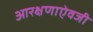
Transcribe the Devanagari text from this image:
आरक्षणाऐवजी